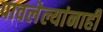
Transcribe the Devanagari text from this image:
पावलेल्यांनाही